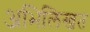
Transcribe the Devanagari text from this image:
अभिलिखत